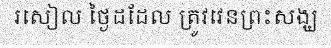
រសៀល ថ្ងៃដដែល ត្រូវវេនព្រះសង្ឃ